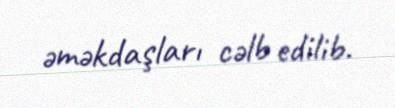
əməkdaşları cəlb edilib.